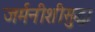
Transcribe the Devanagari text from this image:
जर्मनीशीसुद्धा